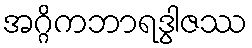
အဂ္ဂိကဘာရဒွါဇဿ